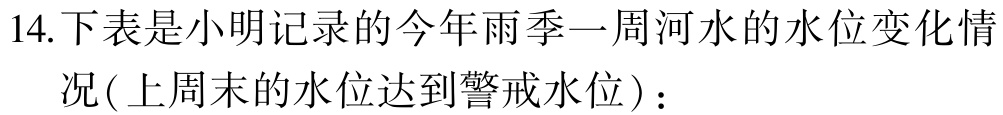
14.下表是小明记录的今年雨季一周河水的水位变化情
况(上周末的水位达到警戒水位)：